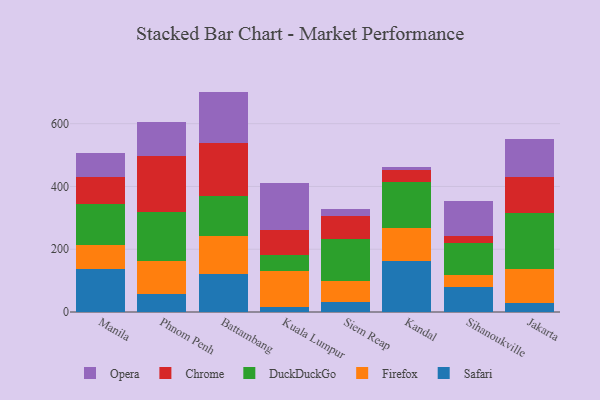
{"axis": {"x": "City", "y": "Humidity (%)"}, "legend": ["Chrome", "DuckDuckGo", "Firefox", "Opera", "Safari"], "data": [{"x": "Manila", "y": 138.1, "type": "Safari"}, {"x": "Manila", "y": 76.3, "type": "Firefox"}, {"x": "Manila", "y": 131.2, "type": "DuckDuckGo"}, {"x": "Manila", "y": 85.3, "type": "Chrome"}, {"x": "Manila", "y": 75.7, "type": "Opera"}, {"x": "Phnom Penh", "y": 58.8, "type": "Safari"}, {"x": "Phnom Penh", "y": 103.0, "type": "Firefox"}, {"x": "Phnom Penh", "y": 156.1, "type": "DuckDuckGo"}, {"x": "Phnom Penh", "y": 178.2, "type": "Chrome"}, {"x": "Phnom Penh", "y": 108.4, "type": "Opera"}, {"x": "Battambang", "y": 120.4, "type": "Safari"}, {"x": "Battambang", "y": 122.9, "type": "Firefox"}, {"x": "Battambang", "y": 126.0, "type": "DuckDuckGo"}, {"x": "Battambang", "y": 170.4, "type": "Chrome"}, {"x": "Battambang", "y": 162.5, "type": "Opera"}, {"x": "Kuala Lumpur", "y": 16.4, "type": "Safari"}, {"x": "Kuala Lumpur", "y": 113.6, "type": "Firefox"}, {"x": "Kuala Lumpur", "y": 50.4, "type": "DuckDuckGo"}, {"x": "Kuala Lumpur", "y": 80.7, "type": "Chrome"}, {"x": "Kuala Lumpur", "y": 151.5, "type": "Opera"}, {"x": "Siem Reap", "y": 30.8, "type": "Safari"}, {"x": "Siem Reap", "y": 68.1, "type": "Firefox"}, {"x": "Siem Reap", "y": 132.8, "type": "DuckDuckGo"}, {"x": "Siem Reap", "y": 75.3, "type": "Chrome"}, {"x": "Siem Reap", "y": 21.5, "type": "Opera"}, {"x": "Kandal", "y": 163.9, "type": "Safari"}, {"x": "Kandal", "y": 102.2, "type": "Firefox"}, {"x": "Kandal", "y": 148.2, "type": "DuckDuckGo"}, {"x": "Kandal", "y": 36.9, "type": "Chrome"}, {"x": "Kandal", "y": 11.6, "type": "Opera"}, {"x": "Sihanoukville", "y": 80.8, "type": "Safari"}, {"x": "Sihanoukville", "y": 36.7, "type": "Firefox"}, {"x": "Sihanoukville", "y": 101.8, "type": "DuckDuckGo"}, {"x": "Sihanoukville", "y": 21.6, "type": "Chrome"}, {"x": "Sihanoukville", "y": 114.3, "type": "Opera"}, {"x": "Jakarta", "y": 29.1, "type": "Safari"}, {"x": "Jakarta", "y": 106.8, "type": "Firefox"}, {"x": "Jakarta", "y": 179.7, "type": "DuckDuckGo"}, {"x": "Jakarta", "y": 114.4, "type": "Chrome"}, {"x": "Jakarta", "y": 120.8, "type": "Opera"}]}